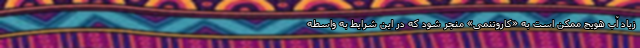
زیاد آب هویج ممکن است به «کاروتنمی» منجر شود که در این شرایط به واسطه